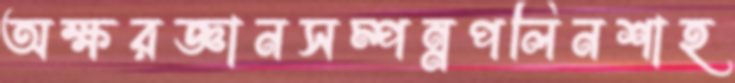
অক্ষরজ্ঞানসম্পন্নপলিনশাহ